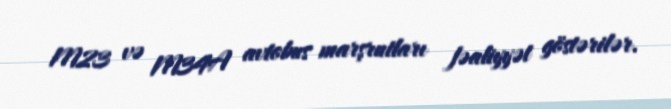
M23 və M34A avtobus marşrutları fəaliyyət göstərilər.